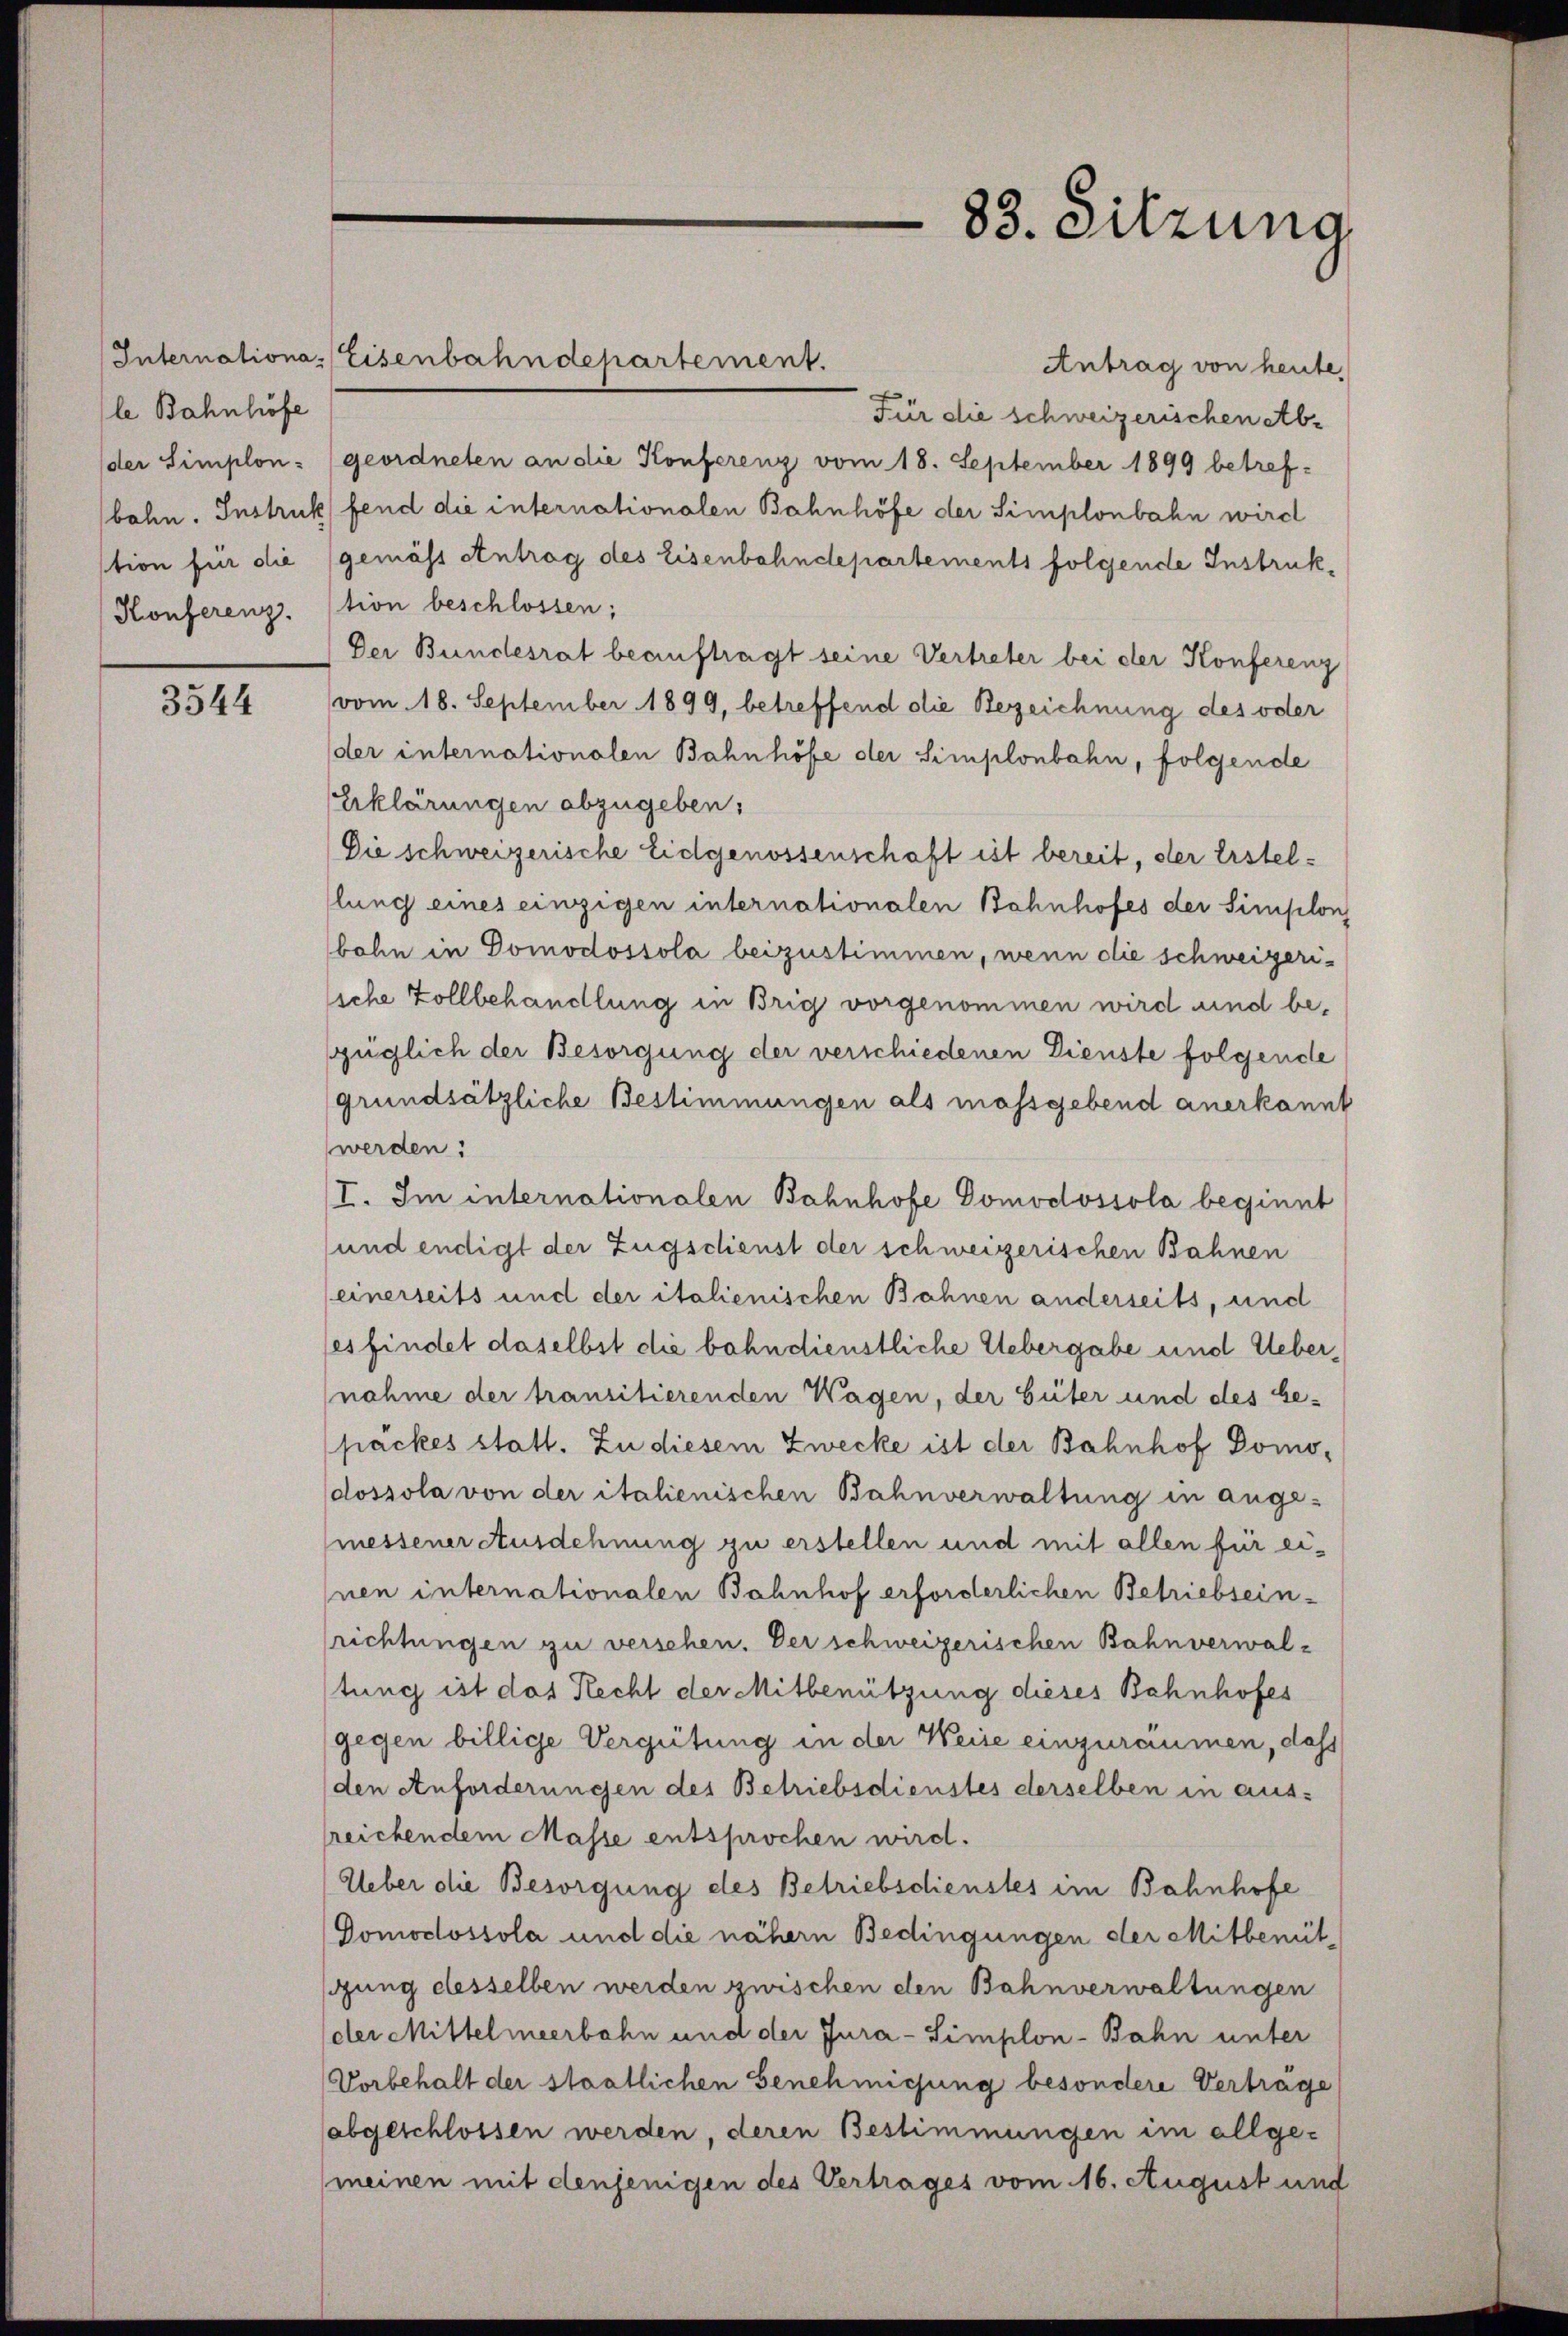
le Bahnhöfe

3544

Antrag von heute.
Für die schweizerischen Abder Simplon- (geordneten an die Konferenz vom 18. September 1899 betrefbohn. Instruck fend die internationalen Bahnhöfe der Simplonbahn wird
tion für die (gemäss Antrag des Eisenbahndepartements folgende Instruk¬
Konferenz. (tion beschlossen;
Der Bundesrat beauftragt seine Vertreter bei der Konferenz
vom 18. September 1899, betreffend die Bezeichnung des oder
der internationalen Bahnhöfe der Simplonbahn, folgende
Erklärungen abzugeben:
Die schweizerische Eidgenossenschaft ist bereit, der Erstellung eines einzigen internationalen Bahnhofes der Simplon
bohn in Domodossola beizustimmen, wenn die schweizeriliche Zollbehandlung in Brig vorgenommen wird und beüglich der Besorgung der verschiedenen Dienste folgende
grundsätzliche Bestimmungen als massgebend anerkannt
werden:
I. Im internationalen Bahnhofe Domodossola beginnt
sund endigt der Zugschenst der schweizerischen Bahnen
einerseits und der italienischen Bahnen anderseits, und
les findet daselbst die bahndienstliche Uebergabe und Uebernahme der transitierenden Wagen, der Güter und des Gepäckes statt. Zu diesem Zwecke ist der Bahnhof Domodossola von der italienischen Bahnverwaltung in ange-
messener Ausdehnung zu erstellen und mit allen für ei-
nen internationalen Bahnhof erforderlichen Betriebsein-
richtungen zu versehen. Der schweizerischen Bahnverwalstung ist das Recht der Mitbenützung dieses Bahnhofes
gegen billige Vergütung in der Weise einzuräumen, daß
den Anforderungen des Betriebsdienstes derselben in aus-
lreichendem Masse entsprochen wird.
Ueber die Besorgung des Betriebsdienstes im Bahnhofe
Domodossola und die nähern Bedingungen der Mitbenüt
gung desselben werden zwischen den Bahnverwaltungen
der Mittelmeerbahn und der Jura-Simplon-Bahn unter
Vorbehalt der staatlichen Genehmigung besondere Verträge
abgeschlossen werden, deren Bestimmungen im allge-
meinen mit denjenigen des Vertrages vom 16. August und

Internationa-Eisenbahndepartement.

88. Sitzung